Vaccination in the Punjab 1883-1896 - 1883-1896
Year: 1883
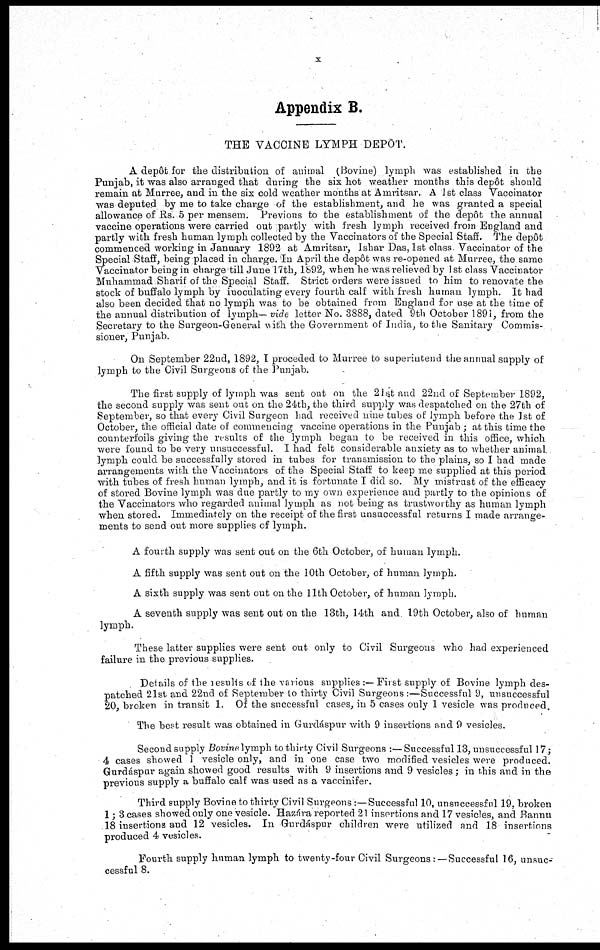
X
Appendix B.
THE VACCINE LYMPH DEPOT.
A depát for the distribution of animal (Bovine) lymph was established in the
Punjab, it was also arranged that during the six hot weather months this depôt should
remain at Murree, and in the six cold weather months at Amritsar. A 1st class Vaccinator
was deputed by me to take charge of the establishment, and he was granted a special
allowance of Rs. 5 per mensem. Previous to the establishment of the depôt the annual
vaccine operations were carried out partly with fresh lymph received from England and
partly with fresh human lymph collected by the Vaccinators of the Special Staff. The depôt
commenced working in January 1892 at Amritsar, Ishar Das, 1st class Vaccinator of the
Special Staff, being placed in charge. In April the depôt was re-opened at Murree, the same
Vaccinator being in charge till June 17th, 1892, when he was relieved by 1st class Vaccinator
Muhammad Sharif of the Special Staff. Strict orders were issued to him to renovate the
stock of buffalo lymph by inoculating every fourth calf with fresh human lymph. It had
also been decided that no lymph was to be obtained from England for use at the time of
the annual distribution of lymph— vide letter No. 3888, dated 9th October 1891, from the
Secretary to the Surgeon-General with the Government of India, to the Sanitary Commis-
sioner, Punjab.
On September 22nd, 1892, I proceded to Murree to superintend the annual supply of
lymph to the Civil Surgeons of the Punjab.
The first supply of lymph was sent out on the 21st and 22nd of September 1892,
the second supply was sent out on the 24th, the third supply was despatched on the 27th of
September, so that every Civil Surgeon had received nine tubes of lymph before the 1st of
October, the official date of commencing vaccine operations in the Punjab; at this time the
counterfoils giving the results of the lymph began to be received in this office, which
were found to be very unsuccessful. I had felt considerable anxiety as to whether animal
lymph could be successfully stored in tubes for transmission to the plains, so I had made
arrangements with the Vaccinators of the Special Staff to keep me supplied at this period
with tubes of fresh human lymph, and it is fortunate I did so. My mistrust of the efficacy
of stored Bovine lymph was due partly to my own experience and partly to the opinions of
the Vaccinators who regarded animal lymph as not being as trustworthy as human lymph
when stored. Immediately on the receipt of the first unsuccessful returns I made arrange-
ments to send out more supplies of lymph.
A fourth supply was sent out on the 6th October, of human lymph.
A fifth supply was sent out on the 10th October, of human lymph.
A sixth supply was sent out on the 11th October, of human lymph.
A seventh supply was sent out on the 13th, 14th and 19th October, also of human
lymph.
These latter supplies were sent out only to Civil Surgeons who had experienced
failure in the previous supplies.
Details of the results of the various supplies :— First supply of Bovine lymph des-
patched 21st and 22nd of September to thirty Civil Surgeons :—Successful 9, unsuccessful
20, broken in transit 1. Of the successful cases, in 5 cases only 1 vesicle was produced.
The best result was obtained in Gurdáspur with 9 insertions and 9 vesicles.
Second supply Bovine lymph to thirty Civil Surgeons :—Successful 13, unsuccessful 17;
4 cases showed 1 vesicle only, and in one case two modified vesicles were produced.
Gurdáspur again showed good results with 9 insertions and 9 vesicles; in this and in the
previous supply a buffalo calf was used as a vaccinifer.
Third supply Bovine to thirty Civil Surgeons :— Successful 10, unsuccessful 19, broken
1; 3 cases showed only one vesicle. Hazára reported 21 insertions and 17 vesicles, and Bannu
18 insertions and 12 vesicles. In Gurdáspur children were utilized and 18 insertions
produced 4 vesicles.
Fourth supply human lymph to twenty-four Civil Surgeons :—Successful 16, unsuc-
cessful 8.